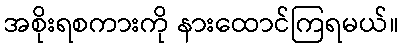
အစိုးရစကားကို နားထောင်ကြရမယ်။